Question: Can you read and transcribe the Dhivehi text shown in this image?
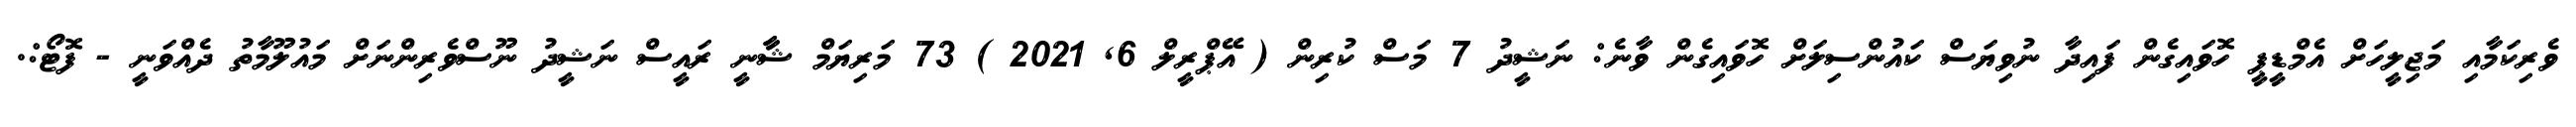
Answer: ވެރިކަމާއި މަޖިލީހަށް އެމްޑީޕީ ހޮވައިގެން ފައިދާ ނުވިޔަސް ކައުންސިލަށް ހޮވައިގެން ވާނެ: ނަޝީދު 7 މަސް ކުރިން ( އޭޕްރީލް 6, 2021 ) 73 މަރިޔަމް ޝާާނީ ރައީސް ނަޝީދު ނޫސްވެރިންނަށް މައުލޫމާތު ދެއްވަނީ - ފޮޓޯ:.